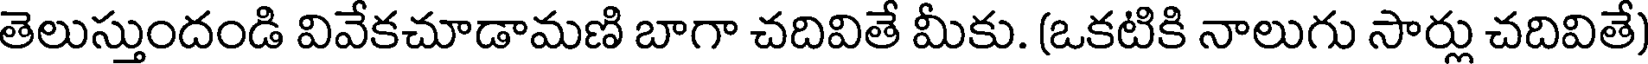
తెలుస్తుందండి వివేకచూడామణి బాగా చదివితే మీకు. (ఒకటికి నాలుగు సార్లు చదివితే